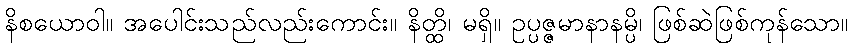
နိစယောဝါ။ အပေါင်းသည်လည်းကောင်း။ နိတ္ထိ၊ မရှိ။ ဥပ္ပဇ္ဇမာနာနမ္ပိ၊ ဖြစ်ဆဲဖြစ်ကုန်သော။